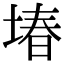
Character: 堾